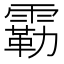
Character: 𫕬